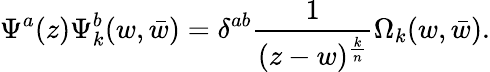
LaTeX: \Psi^{a}(z)\Psi_{k}^{b}(w,\bar{w})=\delta^{ab}{\frac{1}{(z-w)^{\frac{k}{n}}}}\Omega_{k}(w,\bar{w}).